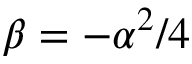
\beta = - \alpha ^ { 2 } / 4